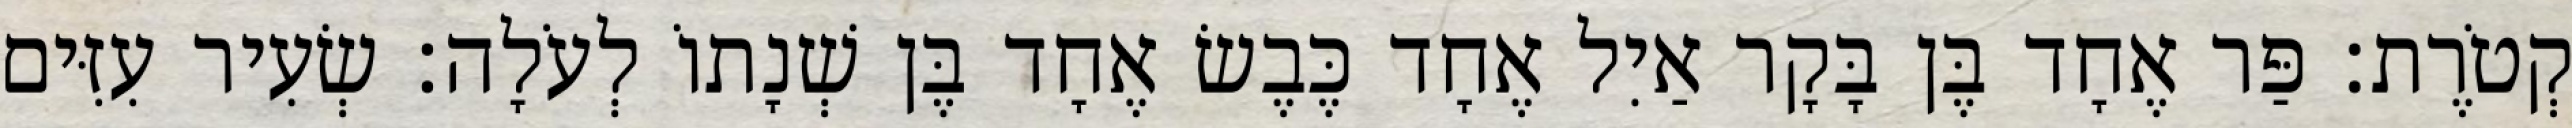
קְטֹרֶת׃ פַּר אֶחָד בֶּן בָּקָר אַיִל אֶחָד כֶּבֶשׂ אֶחָד בֶּן שְׁנָתוֹ לְעֹלָה׃ שְׂעִיר עִזִּים